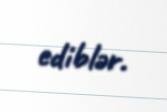
ediblər.